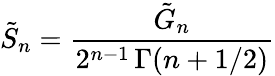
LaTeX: {\tilde{S}}_{n}=\frac{{\tilde{G}}_{n}}{2^{n-1}\, \Gamma(n+1/2)}